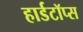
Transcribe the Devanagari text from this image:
हार्डटॉप्स